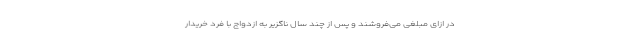
در ازای مبلغی می‌فروشند و پس از چند سال ناگزیر به ازدواج با فرد خریدار